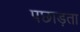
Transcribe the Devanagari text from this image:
पछाड़ता